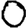
Digit: 0